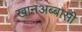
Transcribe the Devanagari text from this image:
खानअब्बासी